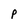
Character: P